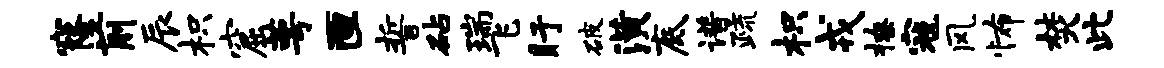
窿前辰枳窟萼匣誓砧瑞飞盱破潢底谱疏枳戎撩寇风怖焚此